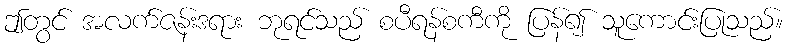
ဤတွင် အလက်ဇန်းဒရား ဘုရင်သည် စပီရန်စကီကို ပြန်၍ သူကောင်းပြုသည်။